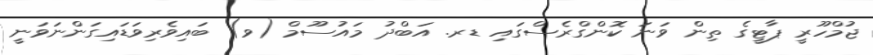
ޖުމްހޫރީ ޕާޓީގެ ތިން ވަނަ ކޮންގްރެސްގައި ޑރ. އަބްދު މައުސޫމް (ވ) ބައިވެރިވަޑައިގަންނަވަނީ